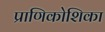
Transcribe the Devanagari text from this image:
प्राणिकोशिका